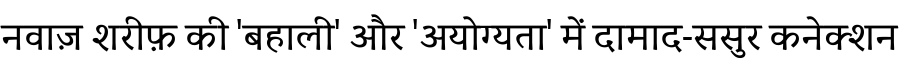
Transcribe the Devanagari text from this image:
नवाज़ शरीफ़ की 'बहाली' और 'अयोग्यता' में दामाद-ससुर कनेक्शन